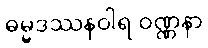
ဓမ္မဒဿနဝါရ ဝဏ္ဏနာ